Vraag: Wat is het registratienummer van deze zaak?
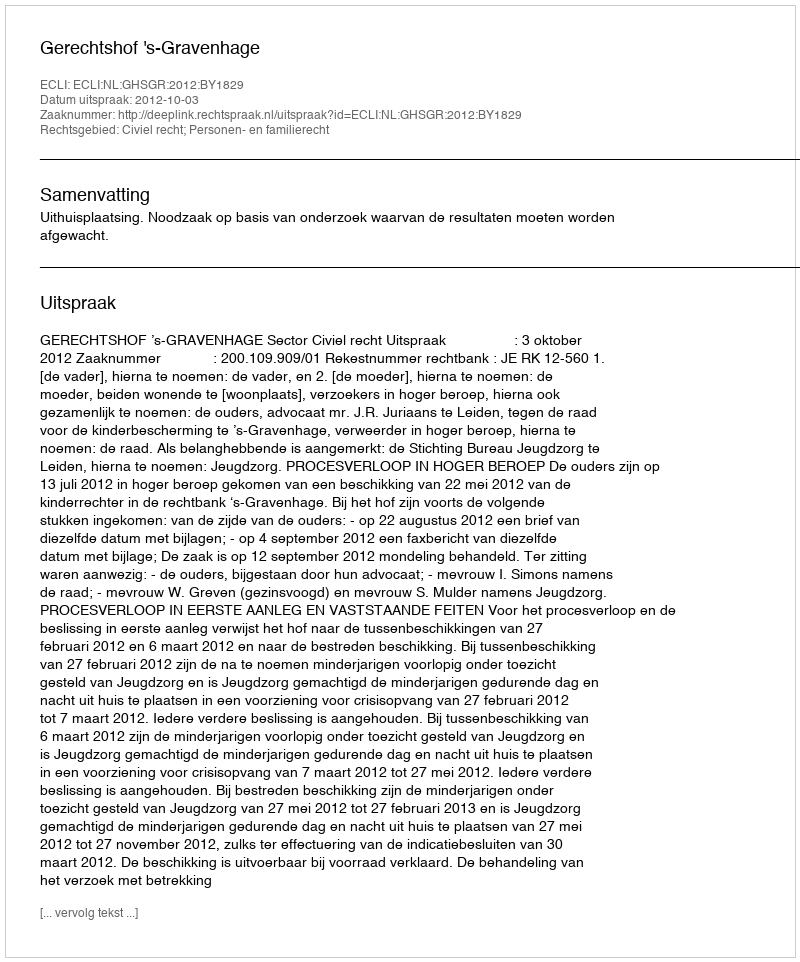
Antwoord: http://deeplink.rechtspraak.nl/uitspraak?id=ECLI:NL:GHSGR:2012:BY1829